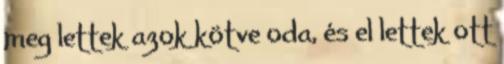
meg lettek azok kötve oda, és el lettek ott